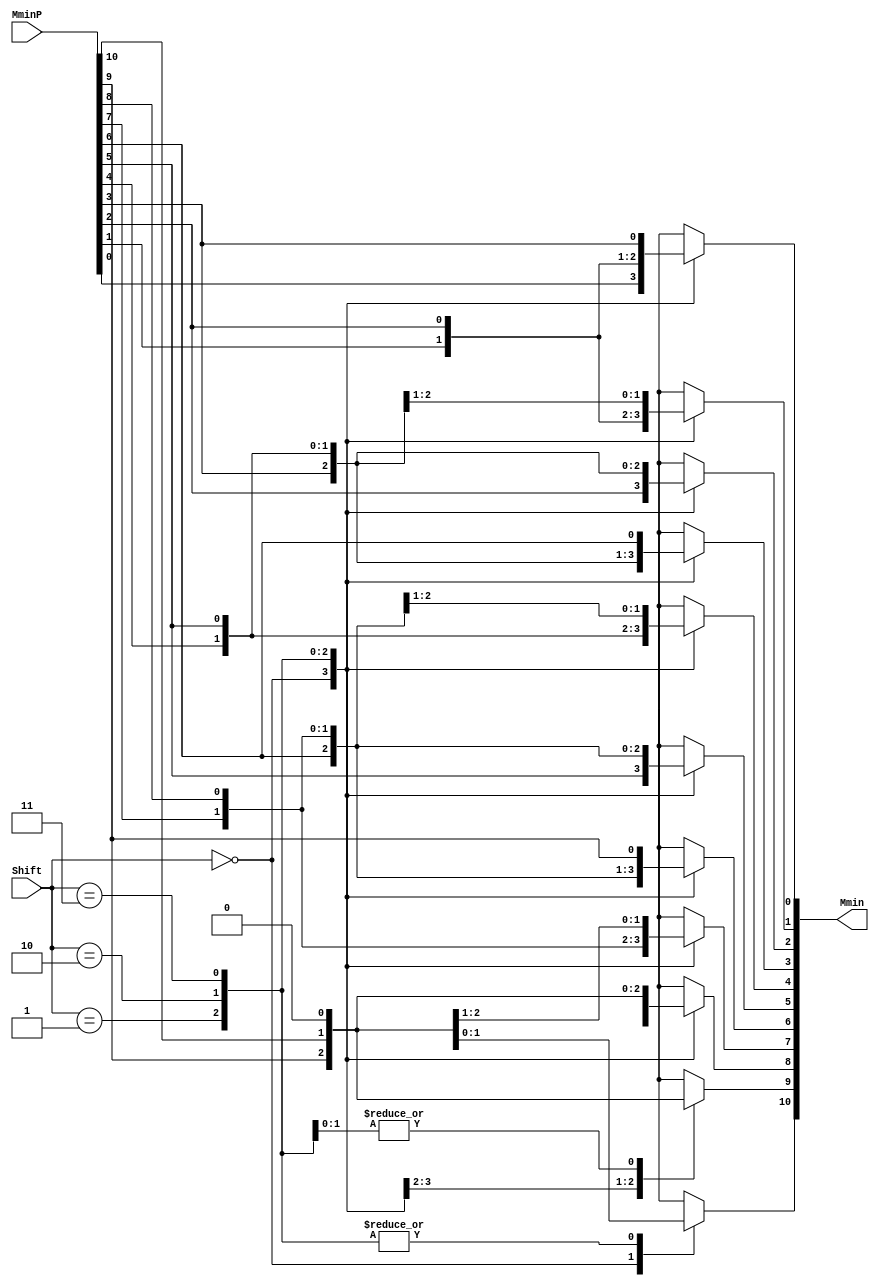
`define SIMULATION_MEMORY
//`define SIMULATION_addfp
`define VECTOR_DEPTH 64 //Q,K,V vector size
`define DATA_WIDTH 16
`define VECTOR_BITS 1024 // 16 bit each (16x64)
`define NUM_WORDS 32   //num of words in the sentence
`define BUF_AWIDTH 4 //16 entries in each buffer ram
`define BUF_LOC_SIZE 4 //4 words in each addr location
`define OUT_RAM_DEPTH 512 //512 entries in output bram
//`define EXPONENT 8
//`define MANTISSA 7
`define EXPONENT 5
`define MANTISSA 10
`define SIGN 1
`define DWIDTH (`SIGN+`EXPONENT+`MANTISSA)
`define DEFINES_DONE
`define DATAWIDTH (`SIGN+`EXPONENT+`MANTISSA)
`define IEEE_COMPLIANCE 1
`define NUM 4
`define ADDRSIZE 4

module FPAddSub_AlignShift2(
		MminP,
		Shift,
		Mmin
	);
	
	// Input ports
	input [`MANTISSA:0] MminP ;						// Smaller mantissa after 16|12|8|4 shift
	input [1:0] Shift ;						// Shift amount. Last 2 bits
	
	// Output ports
	output [`MANTISSA:0] Mmin ;						// The smaller mantissa
	
	// Internal Signal
	reg	  [`MANTISSA:0]		Lvl3;
	wire    [2*`MANTISSA+1:0]    Stage2;	
	integer           j;               // Loop variable
	
	assign Stage2 = {11'b0, MminP};

	always @(*) begin    // Rotate {0 | 1 | 2 | 3} bits
	  case (Shift[1:0])
			// Rotate by 0
			2'b00:  Lvl3 <= Stage2[`MANTISSA:0];   
			// Rotate by 1
			2'b01:  begin for (j=0; j<=`MANTISSA; j=j+1)  begin Lvl3[j] <= Stage2[j+1]; end Lvl3[`MANTISSA] <= 0; end 
			// Rotate by 2
			2'b10:  begin for (j=0; j<=`MANTISSA; j=j+1)  begin Lvl3[j] <= Stage2[j+2]; end Lvl3[`MANTISSA:`MANTISSA-1] <= 0; end 
			// Rotate by 3
			2'b11:  begin for (j=0; j<=`MANTISSA; j=j+1)  begin Lvl3[j] <= Stage2[j+3]; end Lvl3[`MANTISSA:`MANTISSA-2] <= 0; end 	  
	  endcase
	end
	
	// Assign output
	assign Mmin = Lvl3;						// Take out smaller mantissa				

endmodule